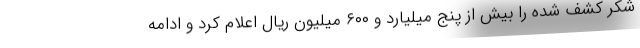
شکر کشف شده را بیش از پنج میلیارد و ۶۰۰ میلیون ریال اعلام کرد و ادامه